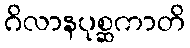
ဂိလာနပုစ္ဆကာတိ